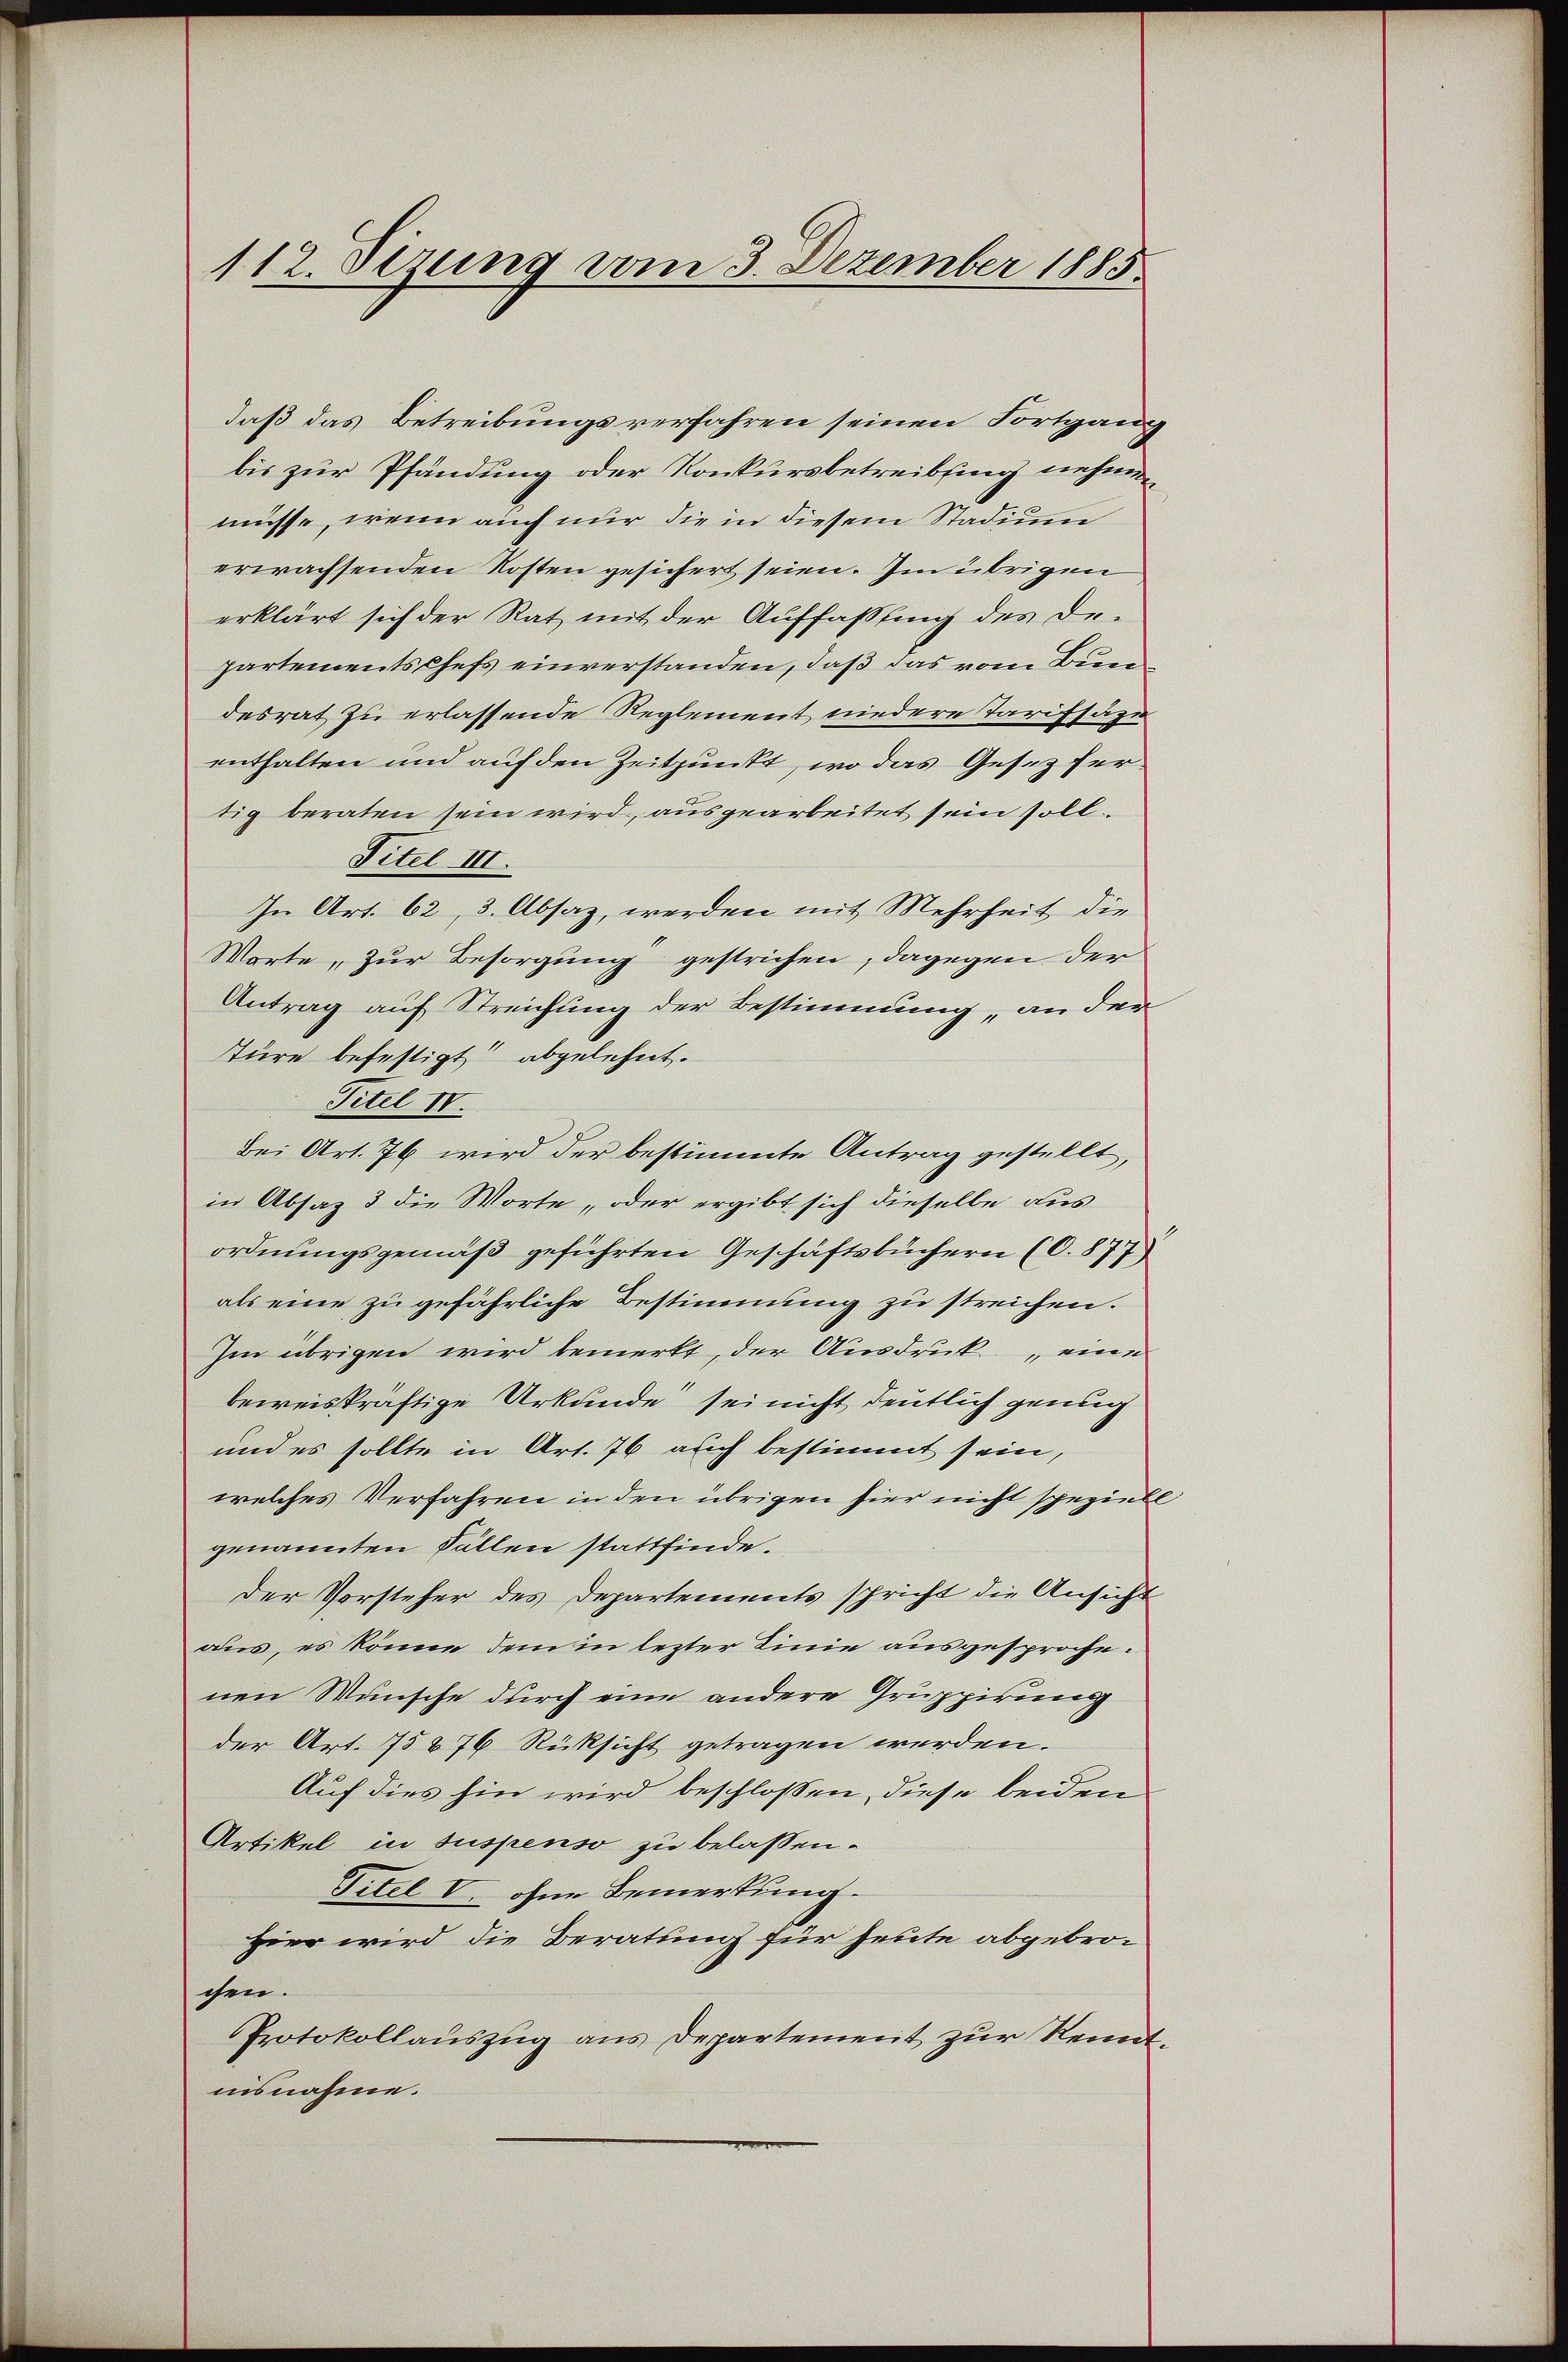
112. Sizung vom 3. Dezember 1885.

daß das Betreibungsverfahren seinen Fortgang
bis zur Pfändung oder Konkursbetreibung nehmen
müsse, wenn auch nur die in diesem Stadium
erwachsenden Kosten gesichert seien. Im übrigen
erklärt sich der Rat mit der Auffassung des Departements Chefs einverstanden, daß das vom Bun
desrat zu erlassende Reglement niedere Tarifsäze
enthalten und auf den Zeitpunkt, wo das Geseztertig beraten sein wird, ausgearbeitet sein soll.
Titel III.
In Art. 62, 3. Absaz, werden mit Mehrheit die
Worte „Zur Besorgung gestrichen; dagegen der
Antrag auf Streichung der Bestimmung an der
Türe befestigt abgelehnt.
Titel IV.
Bei Art. 76 wird der bestimmte Antrag gestellt,
in Absaz 3 die Worte, oder ergibt sich dieselbe aus
ordnungsgemäß geführten Geschäftsbüchern (C. 877)
als eine zu gefährliche Bestimmung zu streichen.
Im übrigen wird bemerkt, der Ausdruck eine
beweiskräftige Urkunde sei nicht deutlich genug
und es sollte in Art. 76 auch bestimmt sein,
welches Verfahren in den übrigen hier nicht spezialgenannten Fällen stattfinde.
der Vorsteher des Departements spricht die Ansicht
aus, es könne, dem in lezter Linie ausgesprochenen Wünsche durch eine andere Gruppirung
der Art. 75876 Rüksicht getragen werden.
Auf dies hin wird beschlossen, diese beiden
Artikel in suspenso zu belassen.
Titel V. ohne Bemerkung.
Hier wird die Beratung für heute abgebrochen.
Protokollauszug aus Departement zur Remanisnahme.